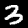
Label: 3